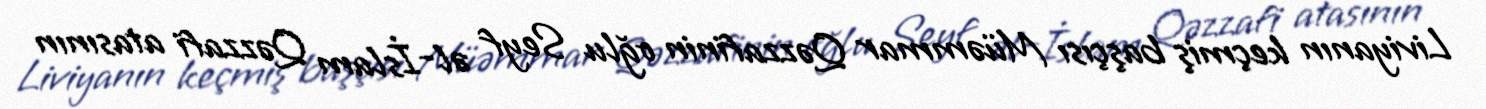
Liviyanın keçmiş başçısı Müəmmar Qəzzafinin oğlu Seyf əl-İslam Qəzzafi atasının